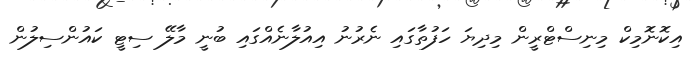
އިކޮނޮމިކް މިނިސްޓްރީން މިދިޔަ ހަފުތާގައި ނެރުނު އިއުލާނެއްގައި ބުނީ މާލޭ ސިޓީ ކައުންސިލުން